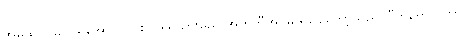
အိမ်ထဲဝင်ပြောရအောင် လျစ်လျူရှုထားမည် အက်ဘီအိုင်မှ ရှိချေတော့သည် ဂျီဘရော်လ်တာ